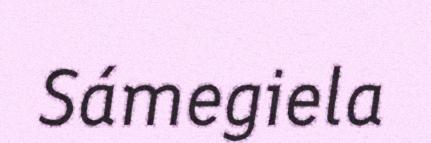
Sámegiela